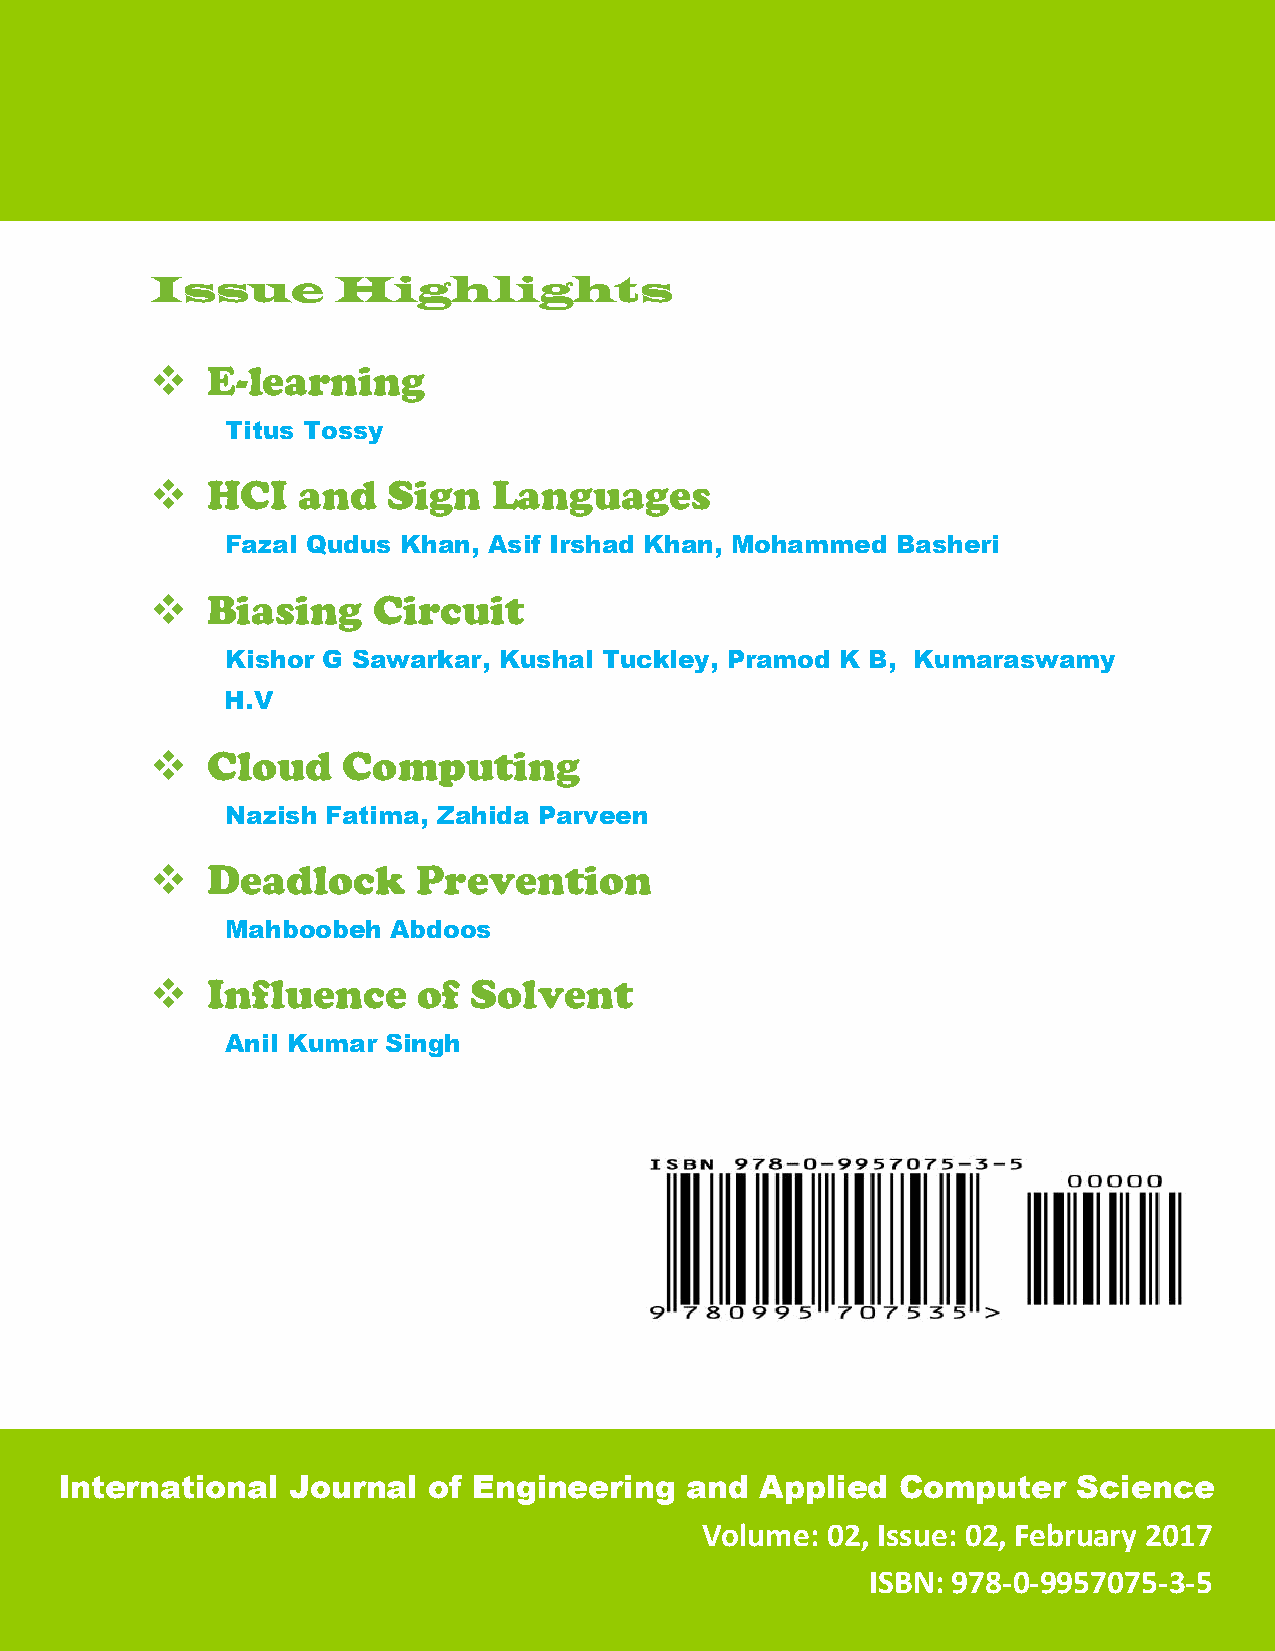
Issue       Highlights
    E-learning
 Titus Tossy
    HCI   and   Sign   Languages
 Fazal Qudus Khan, Asif Irshad Khan, Mohammed Basheri
    Biasing    Circuit
 Kishor G Sawarkar, Kushal Tuckley, Pramod K B, Kumaraswamy
 H.V
    Cloud    Computing
 Nazish Fatima, Zahida Parveen
    Deadlock      Prevention
 Mahboobeh  Abdoos
    Influence     of Solvent
 Anil Kumar Singh
 International  Journal  of Engineering   and  Applied   Computer   Science
 Volume:  02, Issue: 02, February 2017
 Ednvklsdvndkln
 ISBN: 978-0-9957075-3-5